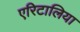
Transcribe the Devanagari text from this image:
एरिटालिया